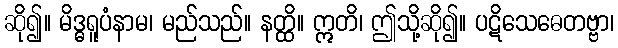
ဆို၍။ မိဒ္ဓရူပံနာမ၊ မည်သည်။ နတ္ထိ။ ဣတိ၊ ဤသို့ဆို၍။ ပဋိသေဓေတဗ္ဗာ၊